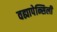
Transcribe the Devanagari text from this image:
वह्यापेन्सिली